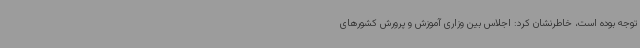
توجه بوده است، خاطرنشان کرد: اجلاس بین وزاری آموزش و پرورش کشورهای